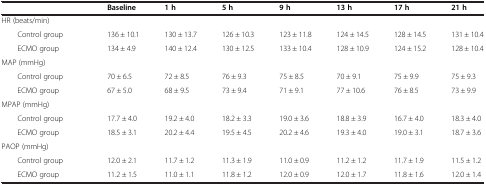
<table><thead><tr><td><b> </b></td><td><b> </b></td><td><b>Baseline</b></td><td><b>1 h</b></td><td><b>5 h</b></td><td><b>9 h</b></td><td><b>13 h</b></td><td><b>17 h</b></td><td><b>21 h</b></td></tr></thead><tbody><tr><td colspan="9">HR (beats/min)</td></tr><tr><td colspan="2">Control group</td><td>136 ± 10.1</td><td>130 ± 13.7</td><td>126 ± 10.3</td><td>123 ± 11.8</td><td>124 ± 14.5</td><td>128 ± 14.5</td><td>131 ± 10.4</td></tr><tr><td colspan="2">ECMO group</td><td>134 ± 4.9</td><td>140 ± 12.4</td><td>130 ± 12.5</td><td>133 ± 10.4</td><td>128 ± 10.9</td><td>124 ± 15.2</td><td>128 ± 10.4</td></tr><tr><td colspan="9">MAP (mmHg)</td></tr><tr><td colspan="2">Control group</td><td>70 ± 6.5</td><td>72 ± 8.5</td><td>76 ± 9.3</td><td>75 ± 8.5</td><td>70 ± 9.1</td><td>75 ± 9.9</td><td>75 ± 9.3</td></tr><tr><td colspan="2">ECMO group</td><td>67 ± 5.0</td><td>68 ± 9.5</td><td>73 ± 9.4</td><td>71 ± 9.1</td><td>77 ± 10.6</td><td>76 ± 8.5</td><td>73 ± 9.9</td></tr><tr><td colspan="9">MPAP (mmHg)</td></tr><tr><td colspan="2">Control group</td><td>17.7 ± 4.0</td><td>19.2 ± 4.0</td><td>18.2 ± 3.3</td><td>19.0 ± 3.6</td><td>18.8 ± 3.9</td><td>16.7 ± 4.0</td><td>18.3 ± 4.0</td></tr><tr><td colspan="2">ECMO group</td><td>18.5 ± 3.1</td><td>20.2 ± 4.4</td><td>19.5 ± 4.5</td><td>20.2 ± 4.6</td><td>19.3 ± 4.0</td><td>19.0 ± 3.1</td><td>18.7 ± 3.6</td></tr><tr><td colspan="9">PAOP (mmHg)</td></tr><tr><td colspan="2">Control group</td><td>12.0 ± 2.1</td><td>11.7 ± 1.2</td><td>11.3 ± 1.9</td><td>11.0 ± 0.9</td><td>11.2 ± 1.2</td><td>11.7 ± 1.9</td><td>11.5 ± 1.2</td></tr><tr><td colspan="2">ECMO group</td><td>11.2 ± 1.5</td><td>11.0 ± 1.1</td><td>11.8 ± 1.2</td><td>12.0 ± 0.9</td><td>12.0 ± 1.7</td><td>11.8 ± 1.6</td><td>12.0 ± 1.4</td></tr></tbody></table>